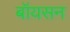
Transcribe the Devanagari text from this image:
बॉयसन